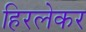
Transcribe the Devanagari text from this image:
हिरलेकर